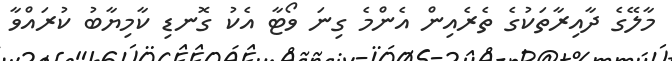
މާލޭގެ ދާއިރާތަކުގެ ތެރެއިން އެންމެ ގިނަ ވޯޓާ އެކު ގޮނޑި ކާމިޔާބު ކުރައްވާ